Mental hospitals Bombay report 1921-28 - 1921-1928
Year: 1921
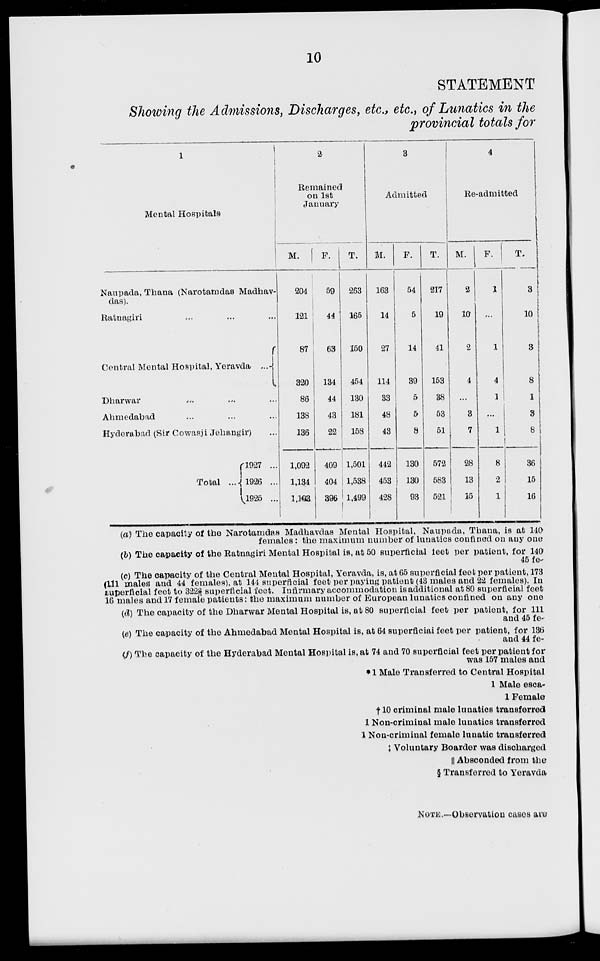
10
STATEMENT
Showing the Admissions, Discharges, etc., etc., of Lunatics in the
provincial totals for
1
Mental Hospitals
Naupada, Thana (Narotamdas Madhav-
das).
Ratnagiri ... ... ...
Central Mental Hospital, Yeravda
...
Dharwar ... ... ...
Ahmedabad ... ... ...
Hyderabad (Sir Cowasji Jehangir) ...
Total ...
1927 ...
1926 ...
1925 ...
2
Remained
on 1st
January
M.
204
121
87
320
86
138
136
1,092
1,134
1,103
F.
59
44
63
134
44
43
22
409
404
396
T.
263
165
150
454
130
181
158
1,501
1,538
1,499
3
Admitted
M.
163
14
27
114
33
48
43
442
453
428
F.
54
5
14
39
5
5
8
130
130
93
T.
217
19
41
153
38
53
51
572
583
521
4
Re-admitted
M.
2
10
2
4
...
3
7
28
13
15
F.
1
...
1
4
1
...
1
8
2
1
T.
3
10
3
8
1
3
8
36
15
16
(a) The capacity of the Narotamdas Madhavdas Mental Hospital, Naupada, Thana, is at 140
females : the maximum number of lunatics confined on any one
(b) The capacity of the Ratnagiri Mental Hospital is, at 50 superficial feet per patient, for 140
45 fe
-) The capacity of the Central Mental Hospital, Yeravda, is, at 65 superficial feet per patient, 173
(111 males and 44 females), at 144 superficial feet per paying patient (43 males and 22 females). In
superficial feet to 322⅔ superficial feet. Infirmary accommodation is additional at 80 superficial feet
16 males and 17 female patients : the maximum number of European lunatics confined on any one
(d) The capacity of the Dharwar Mental Hospital is, at 80 superficial feet per patient, for 111
and 45 fe
e) The capacity of the Ahmedabad Mental Hospital is, at 64 superficial feet per patient, for 136
and 44 fe-
(f) The capacity of the Hyderabad Mental Hospital is, at 74 and 70 superficial feet per patient for
was 157 males and
* 1 Male Transferred to Central Hospital
1 Male esca-
1 Female
† 10 criminal male lunatics transferred
1 Non-criminal male lunatics transferred
1 Non-criminal female lunatic transferred
‡ Voluntary Boarder was discharged
|| Absconded from the
§ Transferred to Yeravda
NOTE.—Observation cases are